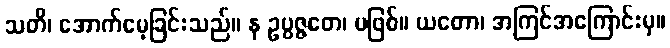
သတိ၊ အောက်မေ့ခြင်းသည်။ န ဥပ္ပဇ္ဇတေ၊ မဖြစ်။ ယတော၊ အကြင်အကြောင်းမှ။